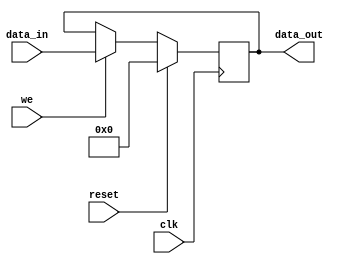
`timescale 1ns / 1ps
//////////////////////////////////////////////////////////////////////////////////
// Company: 
// Engineer: 
// 
// Design Name: 
// Module Name: register
// Project Name: 
// Target Devices: 
// Tool Versions: 
// Description: 
// 
// Dependencies: 
// 
// Revision:
// Revision 0.01 - File Created
// Additional Comments:
// 
//////////////////////////////////////////////////////////////////////////////////


module register(
    input [7:0] data_in,
    input clk,
    input reset,
    input we,   // write enable
    output reg [7:0] data_out
    );
    
    always@(posedge clk)begin
        if(reset)   
            data_out <= 0;
        else begin
            if(we)
                data_out <= data_in;
            else
                data_out <= data_out;
        end    
           
    
    end
endmodule